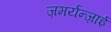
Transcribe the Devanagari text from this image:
ज़मर्यन्ज़ाई